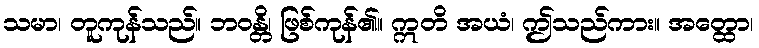
သမာ၊ တူကုန်သည်။ ဘဝန္တိ၊ ဖြစ်ကုန်၏။ ဣတိ အယံ၊ ဤသည်ကား။ အတ္ထော၊